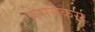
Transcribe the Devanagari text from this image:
पेसमेकर्स